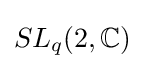
SL_{q}(2,\mathbb {C} )